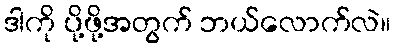
ဒါကို ပို့ဖို့အတွက် ဘယ်လောက်လဲ။